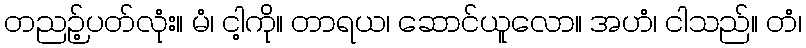
တညဉ့်ပတ်လုံး။ မံ၊ ငါ့ကို။ တာရယ၊ ဆောင်ယူလော။ အဟံ၊ ငါသည်။ တံ၊